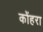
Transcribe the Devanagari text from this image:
कोंहरा